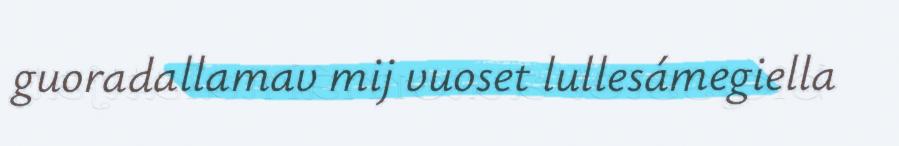
guoradallamav mij vuoset lullesámegiella